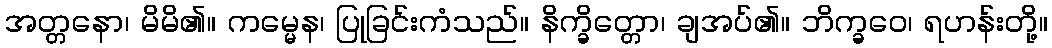
အတ္တနော၊ မိမိ၏။ ကမ္မေန၊ ပြုခြင်းကံသည်။ နိက္ခိတ္တော၊ ချအပ်၏။ ဘိက္ခဝေ၊ ရဟန်းတို့။